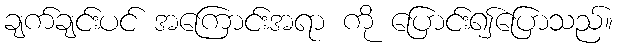
ချက်ချင်းပင် အကြောင်းအရာ ကို ပြောင်း၍ပြောသည်။